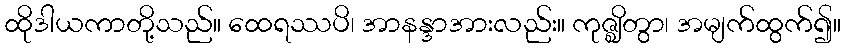
ထိုဒါယကာတို့သည်။ ထေရဿပိ၊ အာနန္ဒာအားလည်း။ ကုဇ္ဈိတွာ၊ အမျက်ထွက်၍။